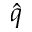
\hat { q }